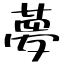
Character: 夢